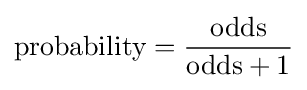
{\text{probability}}={\frac {\text{odds}}{{\text{odds}}+1}}